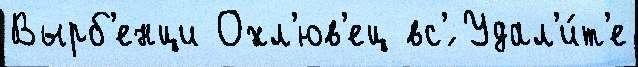
Вырб'енци Охл'юв'ец вс'́ Удал'и́т'е